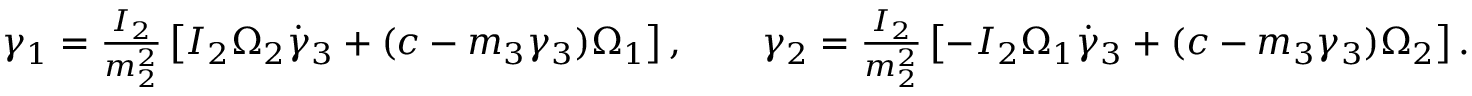
\begin{array} { r } { \gamma _ { 1 } = \frac { I _ { 2 } } { m _ { 2 } ^ { 2 } } \left[ I _ { 2 } \Omega _ { 2 } \dot { \gamma } _ { 3 } + ( c - m _ { 3 } \gamma _ { 3 } ) \Omega _ { 1 } \right] , \qquad \gamma _ { 2 } = \frac { I _ { 2 } } { m _ { 2 } ^ { 2 } } \left[ - I _ { 2 } \Omega _ { 1 } \dot { \gamma } _ { 3 } + ( c - m _ { 3 } \gamma _ { 3 } ) \Omega _ { 2 } \right] . } \end{array}